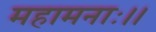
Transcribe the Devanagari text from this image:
महामनाः।।